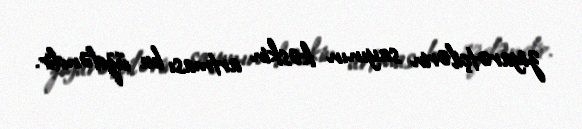
ziyarətçilərin sayının kəskin artması bu üzdəndir.